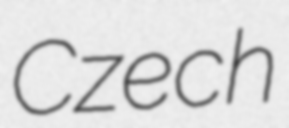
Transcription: Czech